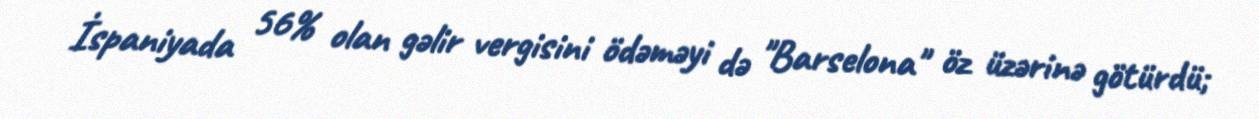
İspaniyada 56% olan gəlir vergisini ödəməyi də "Barselona" öz üzərinə götürdü;